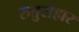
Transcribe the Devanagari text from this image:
रुतुसंहार